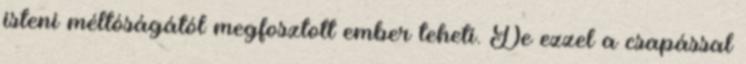
isteni méltóságától megfosztott ember teheti. De ezzel a csapással